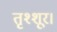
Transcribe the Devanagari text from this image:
तृश्शूर।